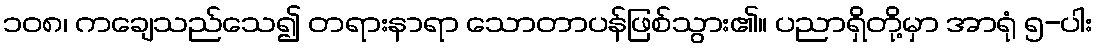
၁၀၈၊ ကချေသည်သေ၍ တရားနာရာ သောတာပန်ဖြစ်သွား၏။ ပညာရှိတို့မှာ အာရုံ ၅-ပါး